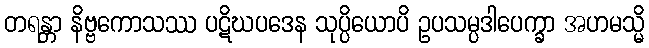
တရန္တာ နိဗ္ဗကောသဿ ပဋိဃပဒေန သုပ္ပိယောပိ ဥပသမ္ပဒါပေက္ခာ အဟမသ္မိ